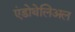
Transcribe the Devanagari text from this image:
एंडोथेलिअल